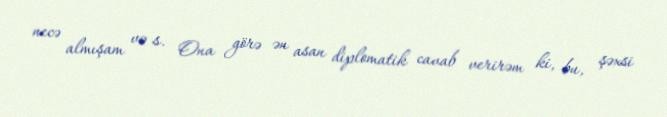
necə almışam və s. Ona görə ən asan diplomatik cavab verirəm ki, bu, şəxsi